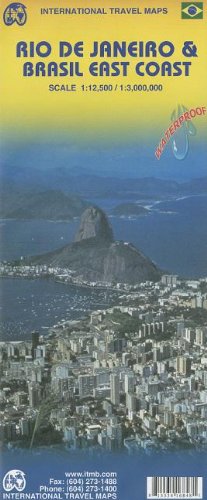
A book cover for Rio De Janeiro & Brazil East Coast (International Travel Maps); International Travel Maps and Books; Travel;